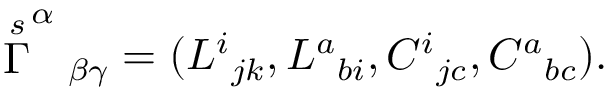
\stackrel { s } { \Gamma } ^ { \alpha } { } _ { \beta \gamma } = ( L ^ { i } { } _ { j k } , L ^ { a } { } _ { b i } , C ^ { i } { } _ { j c } , C ^ { a } { } _ { b c } ) .